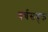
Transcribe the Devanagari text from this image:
वर्चसयुक्त